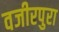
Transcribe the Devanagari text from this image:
वजीरपुरा